Calcutta medical institutions reports 1892-1900
Year: 1892
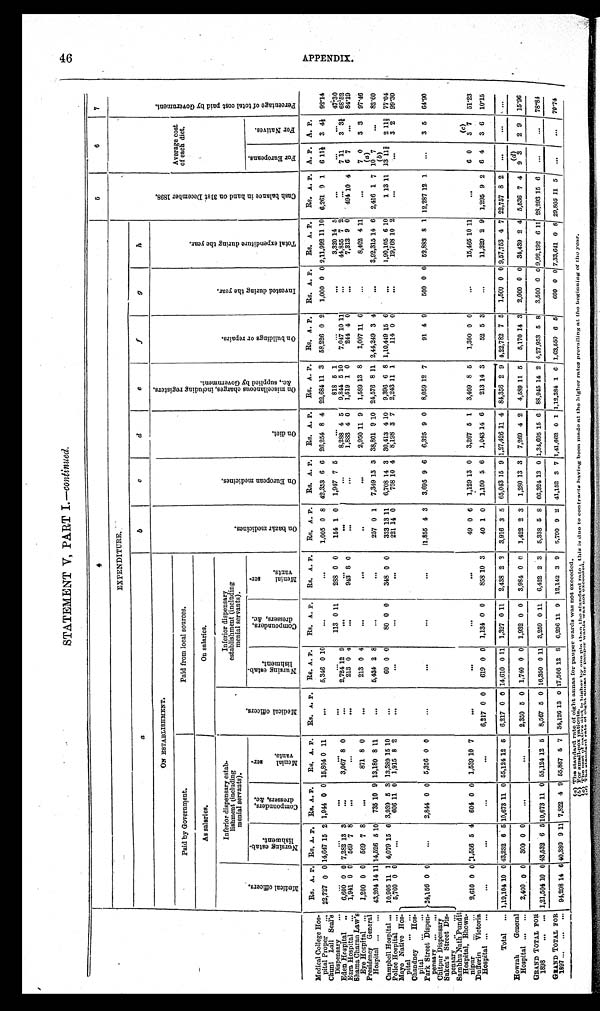
STATEMENT V, PART I.— continued.
4
5
6
7
EXPENDITURE.
C a s h b a l a n c e i n h a n d o n 3 1 s t D e c e m b e r 1 8 9 8 .
Average cost
of each diet.
P e r c e n t a g e o f t o t a l c o s t p a i d b y G o v e r n m e n t .
a
b
c
d
e
f
g
h
ON ESTABLISHMENT.
O n b a z a r m e d i c i n e s .
O n E u r o p e a n m e d i c i n e s .
O n d i e t .
O n m i s c e l l a n e o u s c h a r g e s , i n c l u d i n g r e g i s t e r s , & c . , s u p p l i e d b y G o v e r n m e n t .
O n b u i l d i n g s o r r e p a i r s .
I n v e s t e d d u r i n g t h e y e a r .
T o t a l e x p e n d i t u r e d u r i n g t h e y e a r .
Paid by Government.
Paid from local sources.
As salaries.
On salaries.
M e d i c a l o f f i c e r s .
Inferior dispensary estab-
lishment (including
menial servants).
Inferior dispensary
establishment (including
menial servants).
Nursi ng estab-l i shment.
Compounders, dressers, &c.
M e n i a l s e r - v a n t s .
M e d i c a l o f f i c e r s .
N u r s i n g e s t a b - l i s h m e n t .
C o m p o u n d e r s , d r e s s e r s , & c .
M e n i a l s e r - v a n t s .
F o r E u r o p e a n s .
F o r N a t i v e s .
Rs. A. P. Rs. A. P.
Rs. A. P.
Rs. A. P.
Rs. A. P.
Rs. A. P.
Rs. A. P.
Rs. A. P.
Rs. A. P.
Rs. A. P.
Rs. A. P.
Rs. A. P.
Rs. A. P.
Rs. A. P.
Rs. A. P.
Rs. A. P.
A. P.
A. P.
Medical College Hos
-
pital Proper . . .
22,727 0 0 14,647 15 2 1,944
0 0 15,804 0 11
. . .
5,346 0 10
. . .
. . .1,005 0 8 42,353 6 6
26,254 8 4 22,684 11 3
58,226 0 2
1,000 0 0 2,11,992 11 10
6,261 9 1
6 11½ 3 4½ 92.14
Chuni Lall Seal's Dispensary . . .
. . .
. . .
. . .
. . .
. . .
. . .
113 0 11
288 0 0
154 1 0
1,947 7 5
. . .
818 5 1
. . .
. . . 3,320 14 5
. . .
. . .
. . . 47.30
Eden Hospital . . .
6,600 0 0 7,282
1 3 3
. . .
3,067 8 0
. . .
2,724 1 2 9
. . .
. . .
. . .
. . . 8,288 4 5
9,844 5 10
7,047 10 11
. . . 44,855 7 2
. . .
7 11
3 3¾ 68.52
1,941 0 0
569 7 8
. . .
. . .
. . . 213 0 4
. . .
943 8
0
. . .
. . . 1,883 4 0
1,519 1 0
244 4 0
. . . 7,313 9 0
494 10 4
6 7
. . . 84.19
Ezra Hospital . . .
Shama Charan Law's
Eye Hospital . . .
1,200 0 0
569 7 8
. . .
871 8 0
. . . 213 0 4
. . .
. . .
. . .
. . . 2,950 11 9
1,589 13 8
1,007 11 6
. . . 8,402
4 11
. . .
7 0
3 3
97.46
Presidency General
Hospital . . .
43,204 14 11 14,526
5 10
735 10 9 13,180 8 11
. . .
5,434 2 8
. . .
. . . 257 0 1
7,349 13 3 38,801 9 10 24,576 8 11 2,44,249 3 4
. . .
3,92,315 14 6
2,416 1 7
( a)
10 7
. . . 82.60
Campbell Hospital . . .
10,905 11 1 4,079 15 6 3,939 5 3 13,389 15 10
. . . 60 0
0
80
0 0
348 0 0
333 13
1 1 6,708 14 3
30,413 4 10
9,396 6 8 1,10,449 15 6
. . .
1,90,105 6 10
1 13 11
( b )
13 11<i l l egi bl e> 2 11<i l l egi bl e> 77.04
Police Hospital . . .
5,760 0 0
. . .
606 11 0
1,915 8 2
. . .
. . .
. . .
. . . 221 14 0
708 10 4
8,198 3 7
2,243 11 1
114 0 0
. . . 19,768 10 2
. . .
. . .
3 2
99.30
Mayo Native Hos-
pital . . .
24,156
0 0
. . .
2,844 0 0 5,356 0 0
. . .
. . .
. . .
. . .
11,855 4 3
3,695 9 6
6,325 9 0
8,059 12 7
91 4 9
500 0 0
52,883 8 1 12,287 12 1
. . .
3 5
64.90
Chandney Hos
-
pital . . .
Park Street Dispen-
pensary . . .
2,610
0 0
< i l l e g i b l e > 1 , 5 5 6 5 4
604 0 0 1,539 10 7
. . .
. . .
. . .
. . . 49 0 6
1,129 13 0
3,267 5 1
3,409 8 5
1,300 0 0
. . . 15,465 10 11
. . .
6 0
(c)
3 7
51.23
Chitpur Dispensary
Sukea's Street Dis
-
pensary . . .
Sambhu Nath Pundit
Hospital, Bhowa-
nipur . . .
Dufferin Victoria
Hospital . . .
. . .
. . .
. . .
. . .
6,217 0
0
619 0 0
1,134 0 0
858 10 3
40 1 0
1,150 5 6
1,043 14 6
213 14 3
52 5 3
. . . 11,329 2 9
1,295 9 2
6 4
3 6
10.15
Total . . .
1,19,104 10 0 43,232 6
5 10,673 11 0 55,124 12 5
6,217 0 0 14,610 0 11 1,327 0 11
2,438 2 3
3,916 3 5
65,043 15 9 1,27,426 11 4 84,356 2 9 4,22,782 7 5
1,500 0 0 9,57,753 4 7 22,757 8 2
. . .
. . .
. . .
Howrah General
Hospital . . .
2,400 0 0
300 0 0
. . .
. . .
2,350 5 0 1,740 0 0
1,932 0 0
3,984 0 0
1,422 2 3
1,280 13 3
7,269 4 2
4,589 11 5
5,170 14 3
2,000 0 0 34,439 2 4
5,536 7 4
9
(d)
3
2 9
15.96
GRAND TOTAL FOR
1898 . . . 1,21,504 10 0 43,532 6 5 10,673 11 0 55,124 12 5
8,567 5 0 16,350 0 11
3,259 0 11
6,422 2 3
5,338 5
8 66,324 13 0 1,34,695 15 6 88,945 14 2 4,27,953 5 8
3,500 0 0 9,92,192 6 11 28,293 15 6
. . .
. . .
78.84
GRAND TOTAL FOR
1897 . . .
94,298 14 6 40,380 9 11 7,822 4 9 55,867
5 7 34,126 13 0 17,566 12
8 6,296 11 9 12,142 3 9
5,790 9 2 41,152 3 7 1,41,662 0 1 1,12,384 1 6 1,63,550 6 5
600 0 0 7,33,641 0 8 29,805
1 1
5
. . .
. . .
70.74
( a ) The standard rate of eight annas for pauper wards was not exceeded.
(
b
) F o r s m a l l - b o x p a t i e n t s . (c)
T h e c o s t o f n a t i v e d i e t i s h i g h e r b y o n e p i e t h a n t h e s t a n d a r d r a t e : t h i s i s d u e t o c o n t r a c t s h a v i n g b e e n m a d e a t t h e h i g h e r r a t e s p r e v a i l i n g a t t h e b e g i n n i n g o f t h e y e a r .
(
d
) T h e s t a n d a r d r a t e o f e i g h t a n n a s f o r p a u p e r w a r d s w a s n o t e x c e e d e d .